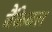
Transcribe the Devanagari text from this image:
बैंकेबल